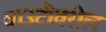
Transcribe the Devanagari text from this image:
बाउंटीवरील